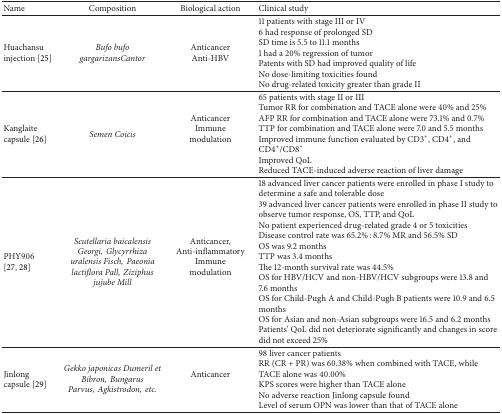
| Name | Composition | Biological action | Clinical study |
 | --- | --- | --- | --- |
 | Huachansu injection [25] | Bufo bufo gargarizansCantor | Anticancer Anti-HBV | 11 patients with stage III or IV6 had response of prolonged SDSD time is 5.5 to 11.1 months1 had a 20% regression of tumorPatents with SD had improved quality of lifeNo dose-limiting toxicities foundNo drug-related toxicity greater than grade II |
 | Kanglaite capsule [26] | Semen Coicis | Anticancer Immune modulation | 65 patients with stage II or IIITumor RR for combination and TACE alone were 40% and 25%AFP RR for combination and TACE alone were 73.1% and 0.7%TTP for combination and TACE alone were 7.0 and 5.5 monthsImproved immune function evaluated by CD3+, CD4+, and CD4+/CD8+Improved QoLReduced TACE-induced adverse reaction of liver damage |
 | PHY906 [27, 28] | Scutellaria baicalensis Georgi,Glycyrrhiza uralensis Fisch,Paeonia lactiflora Pall,Ziziphus jujube Mill | Anticancer, Anti-inflammatory Immune modulation | 18 advanced liver cancer patients were enrolled in phase I study to determine a safe and tolerable dose39 advanced liver cancer patients were enrolled in phase II study to observe tumor response, OS, TTP, and QoLNo patient experienced drug-related grade 4 or 5 toxicitiesDisease control rate was 65.2% : 8.7% MR and 56.5% SDOS was 9.2 monthsTTP was 3.4 monthsThe 12-month survival rate was 44.5%OS for HBV/HCV and non-HBV/HCV subgroups were 13.8 and 7.6 months OS for Child-Pugh A and Child-Pugh B patients were 10.9 and 6.5 months OS for Asian and non-Asian subgroups were 16.5 and 6.2 monthsPatients' QoL did not deteriorate significantly and changes in score did not exceed 25% |
 | Jinlong capsule [29] | Gekko japonicas Dumeril et Bibron,Bungarus Parvus,Agkistrodon,etc. | Anticancer | 98 liver cancer patientsRR (CR + PR) was 60.38% when combined with TACE, while TACE alone was 40.00%KPS scores were higher than TACE aloneNo adverse reaction Jinlong capsule foundLevel of serum OPN was lower than that of TACE alone |